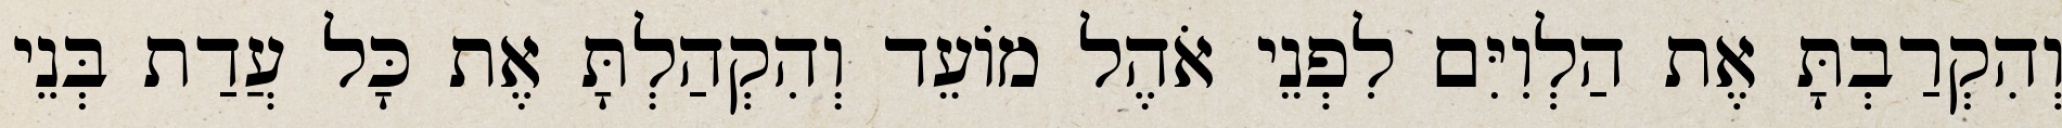
וְהִקְרַבְתָּ אֶת הַלְוִיִּם לִפְנֵי אֹהֶל מוֹעֵד וְהִקְהַלְתָּ אֶת כָּל עֲדַת בְּנֵי